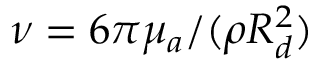
\nu = 6 \pi \mu _ { a } / ( \rho R _ { d } ^ { 2 } )